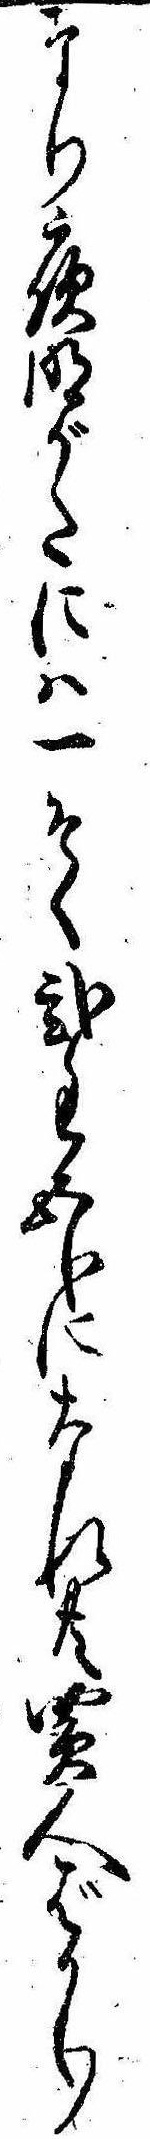
なり夜明がたには一そく弐匁五分になれ共買人ばかり